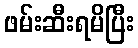
ဖမ်းဆီးရမိပြီး